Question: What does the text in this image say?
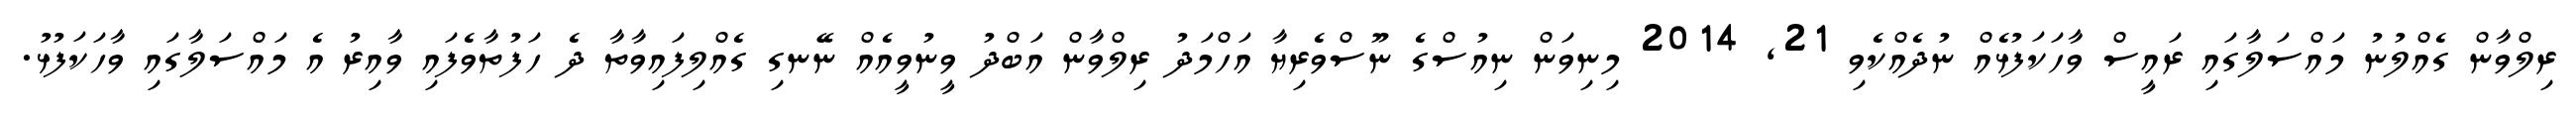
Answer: ރިލްވާން ގެއްލުނު މައްސަލާގައި ރައީސް ވާހަކަފުޅެއް ނުދެއްކެވި 21, 2014 މިނިވަން ނިއުސްގެ ނޫސްވެރިޔާ އަހްމަދު ރިލްވާން އަބްދު ވީނުވީއެއް ނޭނގި ގެއްލިފައިވާތާ ދެ ހަފުތާވެފައި ވާއިރު އެ މައްސަލާގައި ވާހަކަފުޅު.